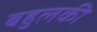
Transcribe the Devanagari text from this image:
बहुलकी